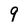
Character: 9